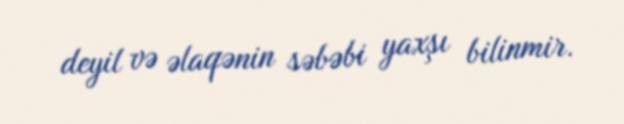
deyil və əlaqənin səbəbi yaxşı bilinmir.